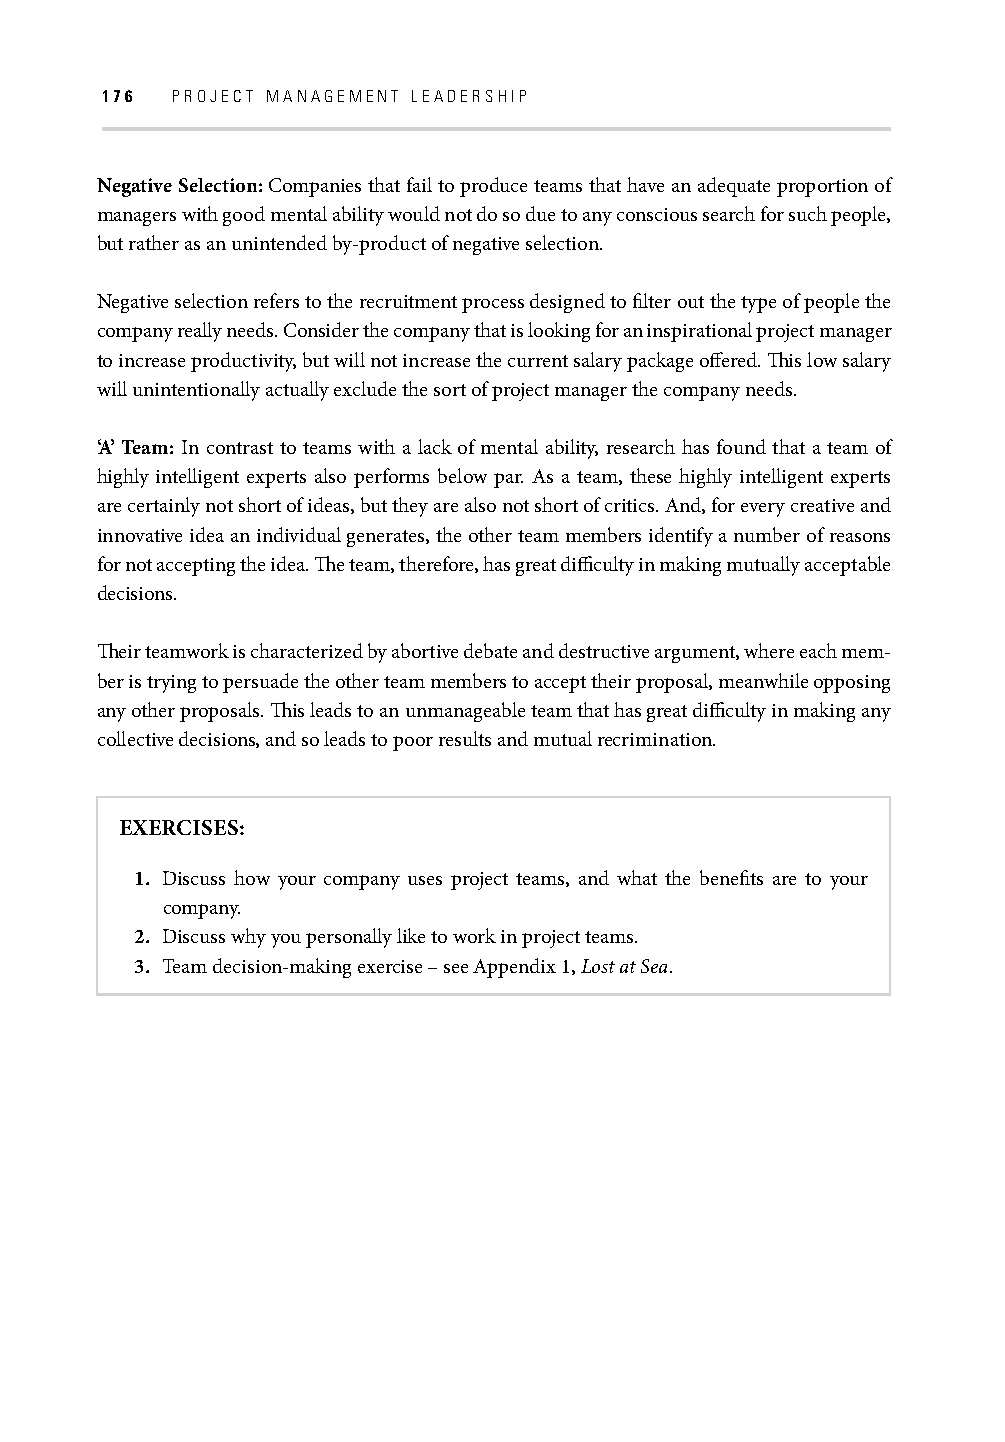
176 PROJECT MANAGEMENT LEADERSHIP
 Negative Selection: Companies that fail to produce teams that have an adequate proportion of
 managers with good mental ability would not do so due to any conscious search for such people,
 but rather as an unintended by-product of negative selection.
 Negative selection refers to the recruitment process designed to fi lter out the type of people the
 company really needs. Consider the company that is looking for an inspirational project manager
 to increase productivity, but will not increase the current salary package off ered. Th is low salary
 will unintentionally actually exclude the sort of project manager the company needs.
 ‘A’ Team: In contrast to teams with a lack of mental ability, research has found that a team of
 highly intelligent experts also performs below par. As a team, these highly intelligent experts
 are certainly not short of ideas, but they are also not short of critics. And, for every creative and
 innovative idea an individual generates, the other team members identify a number of reasons
 for not accepting the idea. Th e team, therefore, has great diffi culty in making mutually acceptable
 decisions.
 Th eir teamwork is characterized by abortive debate and destructive argument, where each mem-
 ber is trying to persuade the other team members to accept their proposal, meanwhile opposing
 any other proposals. Th is leads to an unmanageable team that has great diffi culty in making any
 collective decisions, and so leads to poor results and mutual recrimination.
 EXERCISES:
 1. Discuss how your company uses project teams, and what the benefi ts are to your
 company.
 2. Discuss why you personally like to work in project teams.
 3. Team decision-making exercise – see Appendix 1, Lost at Sea.